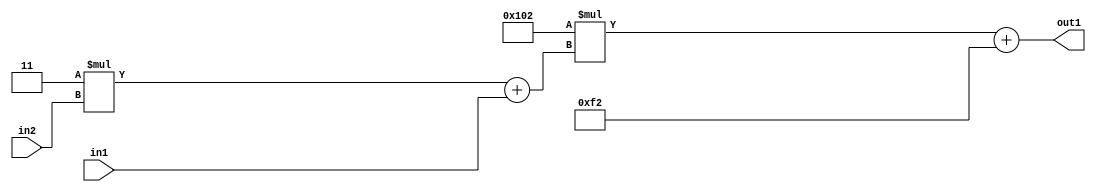
`timescale 1ps / 1ps
/*****************************************************************************
    Verilog RTL Description
    
    
    Created by: Stratus DpOpt 2019.1.01 
*******************************************************************************/

module DC_Filter_Add2i242Mul2i258Add2u1Mul2i3u2_4 (
	in2,
	in1,
	out1
	); /* architecture "behavioural" */ 
input [1:0] in2;
input  in1;
output [11:0] out1;
wire [11:0] asc001;
wire [3:0] asc002;

wire [3:0] asc002_tmp_0;
assign asc002_tmp_0 = 
	+(4'B0011 * in2);
assign asc002 = asc002_tmp_0
	+(in1);

wire [11:0] asc001_tmp_1;
assign asc001_tmp_1 = 
	+(12'B000100000010 * asc002);
assign asc001 = asc001_tmp_1
	+(12'B000011110010);

assign out1 = asc001;
endmodule

/* CADENCE  v7X1Sg0= : u9/ySgnWtBlWxVPRXgAZ4Og= ** DO NOT EDIT THIS LINE ******/